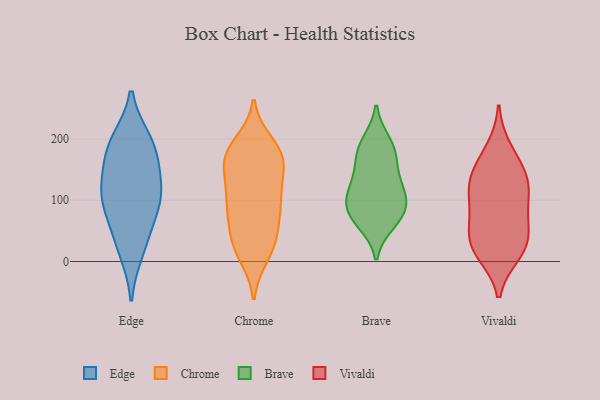
{"axis": {"x": "Budget (USD K)", "y": "Value"}, "legend": ["Brave", "Chrome", "Edge", "Vivaldi"], "data": [{"x": "", "y": 111, "type": "Edge"}, {"x": "", "y": 185, "type": "Edge"}, {"x": "", "y": 147, "type": "Edge"}, {"x": "", "y": 95, "type": "Edge"}, {"x": "", "y": 90, "type": "Edge"}, {"x": "", "y": 187, "type": "Edge"}, {"x": "", "y": 41, "type": "Edge"}, {"x": "", "y": 117, "type": "Edge"}, {"x": "", "y": 18, "type": "Edge"}, {"x": "", "y": 196, "type": "Edge"}, {"x": "", "y": 80, "type": "Chrome"}, {"x": "", "y": 191, "type": "Chrome"}, {"x": "", "y": 108, "type": "Chrome"}, {"x": "", "y": 98, "type": "Chrome"}, {"x": "", "y": 173, "type": "Chrome"}, {"x": "", "y": 92, "type": "Chrome"}, {"x": "", "y": 41, "type": "Chrome"}, {"x": "", "y": 25, "type": "Chrome"}, {"x": "", "y": 130, "type": "Chrome"}, {"x": "", "y": 156, "type": "Chrome"}, {"x": "", "y": 47, "type": "Chrome"}, {"x": "", "y": 171, "type": "Chrome"}, {"x": "", "y": 177, "type": "Chrome"}, {"x": "", "y": 172, "type": "Chrome"}, {"x": "", "y": 162, "type": "Chrome"}, {"x": "", "y": 22, "type": "Chrome"}, {"x": "", "y": 11, "type": "Chrome"}, {"x": "", "y": 92, "type": "Chrome"}, {"x": "", "y": 179, "type": "Brave"}, {"x": "", "y": 103, "type": "Brave"}, {"x": "", "y": 118, "type": "Brave"}, {"x": "", "y": 120, "type": "Brave"}, {"x": "", "y": 64, "type": "Brave"}, {"x": "", "y": 79, "type": "Brave"}, {"x": "", "y": 194, "type": "Brave"}, {"x": "", "y": 178, "type": "Brave"}, {"x": "", "y": 73, "type": "Brave"}, {"x": "", "y": 146, "type": "Brave"}, {"x": "", "y": 90, "type": "Brave"}, {"x": "", "y": 138, "type": "Vivaldi"}, {"x": "", "y": 130, "type": "Vivaldi"}, {"x": "", "y": 19, "type": "Vivaldi"}, {"x": "", "y": 157, "type": "Vivaldi"}, {"x": "", "y": 64, "type": "Vivaldi"}, {"x": "", "y": 124, "type": "Vivaldi"}, {"x": "", "y": 14, "type": "Vivaldi"}, {"x": "", "y": 183, "type": "Vivaldi"}, {"x": "", "y": 35, "type": "Vivaldi"}, {"x": "", "y": 24, "type": "Vivaldi"}, {"x": "", "y": 92, "type": "Vivaldi"}, {"x": "", "y": 107, "type": "Vivaldi"}, {"x": "", "y": 57, "type": "Vivaldi"}]}